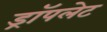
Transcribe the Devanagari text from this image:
ड्रॉपलेट